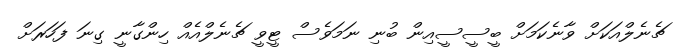
ޗެނެލްއަކަށް ވާނެކަމަށް ބީސީސީއިން ބުނި ނަމަވެސް ޓީވީ ޗެނެލްއެއް ހިންގާނީ ގިނަ ފަހަރަށް